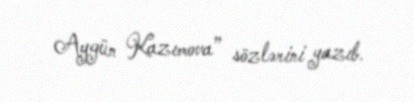
Aygün Kazımova” sözlərini yazıb.